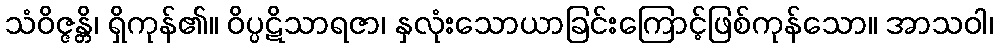
သံဝိဇ္ဇန္တိ၊ ရှိကုန်၏။ ဝိပ္ပဋိသာရဇာ၊ နှလုံးသောယာခြင်းကြောင့်ဖြစ်ကုန်သော။ အာသဝါ၊